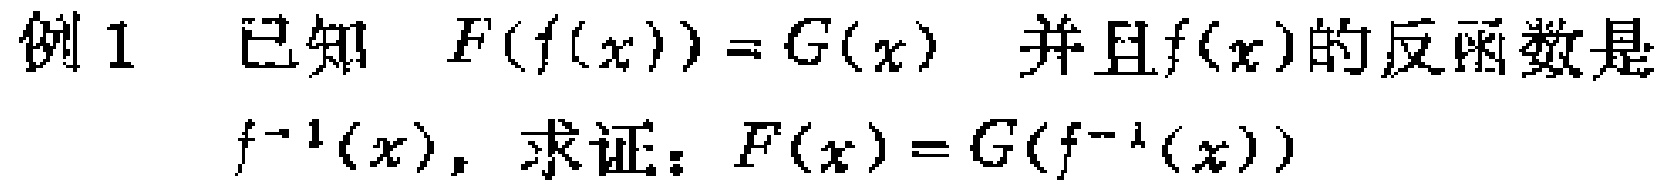
例1 已知 \(F(f(x)) = G(x)\) 并且\(f(x)\)的反函数是 \(f^{-1}(x)\)，求证：\(F(x)=G(f^{-1}(x))\)